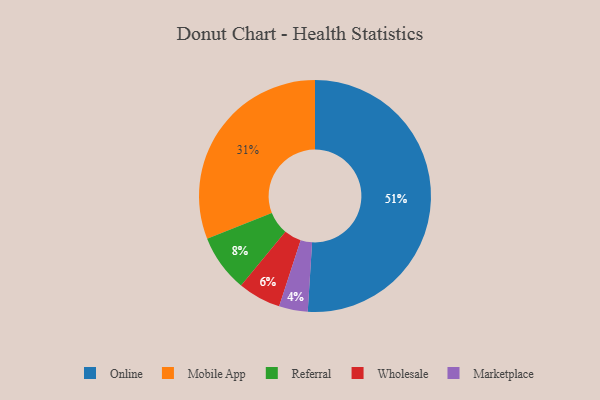
{"axis": {"x": "Category", "y": "Percentage"}, "legend": ["Marketplace", "Mobile App", "Online", "Referral", "Wholesale"], "data": [{"x": "Mobile App", "y": 31, "type": "Mobile App"}, {"x": "Online", "y": 51, "type": "Online"}, {"x": "Marketplace", "y": 4, "type": "Marketplace"}, {"x": "Wholesale", "y": 6, "type": "Wholesale"}, {"x": "Referral", "y": 8, "type": "Referral"}]}